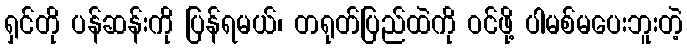
ရှင်တို ပန်ဆန်းကို ပြန်ရမယ်၊ တရုတ်ပြည်ထဲကို ဝင်ဖို့ ပါမစ်မပေးဘူးတဲ့